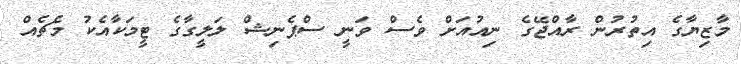
މާޒިޔާގެ އިތުރުން ރާއްޖޭގެ ނިއުއަށް ވެސް ވަނީ ސްޕެނިޝް ލަލީގާގެ ޓީމަކާއެކު މެޗެއް